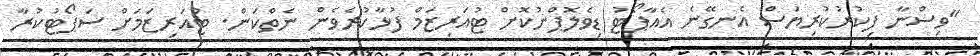
"ވިސްނާ ފިކުރުކުރިޔަސް އެނގޭނެ އެއާޕޯޓު ޑިވެލޮޕްނުކޮށް ޓުއަރިޒަމް ފުޅާކުރެވެން ނެތްކަން. ޓުއަރިޒަމަށް ސަޕޯޓުކުރާ